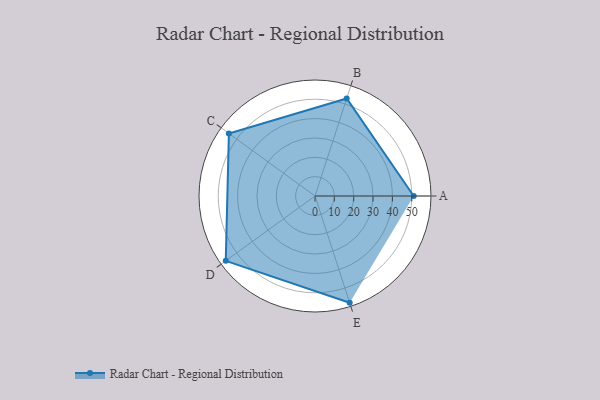
{"axis": {"x": "Skill", "y": "Score"}, "legend": ["Profile"], "data": [{"x": "A", "y": 51.0, "type": "Profile"}, {"x": "B", "y": 53.0, "type": "Profile"}, {"x": "C", "y": 55.0, "type": "Profile"}, {"x": "D", "y": 57.0, "type": "Profile"}, {"x": "E", "y": 58.0, "type": "Profile"}]}